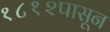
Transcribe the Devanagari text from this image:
१८१२पासून